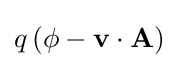
q\left(\phi -\mathbf {v} \cdot \mathbf {A} \right)